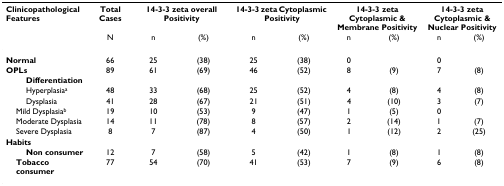
| Clinicopathological Features | Total Cases | <COLSPAN=2> 14-3-3 zeta overall Positivity | <COLSPAN=2> 14-3-3 zeta Cytoplasmic Positivity | <COLSPAN=2> 14-3-3 zeta Cytoplasmic & Membrane Positivity | <COLSPAN=2> 14-3-3 zeta Cytoplasmic & Nuclear Positivity |
 |  | N | n | (%) | n | (%) | n | (%) | n | (%) |
 | --- | --- | --- | --- | --- | --- | --- | --- | --- | --- |
 | Normal | 66 | 25 | (38) | 25 | (38) | 0 |  | 0 |  |
 | OPLs | 89 | 61 | (69) | 46 | (52) | 8 | (9) | 7 | (8) |
 | Differentiation |  |  |  |  |  |  |  |  |  |
 | Hyperplasiaa | 48 | 33 | (68) | 25 | (52) | 4 | (8) | 4 | (8) |
 | Dysplasia | 41 | 28 | (67) | 21 | (51) | 4 | (10) | 3 | (7) |
 | Mild Dysplasiab | 19 | 10 | (53) | 9 | (47) | 1 | (5) | 0 |  |
 | Moderate Dysplasia | 14 | 11 | (78) | 8 | (57) | 2 | (14) | 1 | (7) |
 | Severe Dysplasia | 8 | 7 | (87) | 4 | (50) | 1 | (12) | 2 | (25) |
 | Habits |  |  |  |  |  |  |  |  |  |
 | Non consumer | 12 | 7 | (58) | 5 | (42) | 1 | (8) | 1 | (8) |
 | Tobacco consumer | 77 | 54 | (70) | 41 | (53) | 7 | (9) | 6 | (8) |